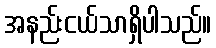
အနည်းငယ်သာရှိပါသည်။